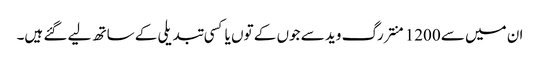
ان میں سے 1200 منتر رگ وید سے جوں کے توں یا کسی تبدیلی کے ساتھ لیے گئے ہیں۔